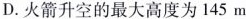
D.火箭升空的最大高度为145m